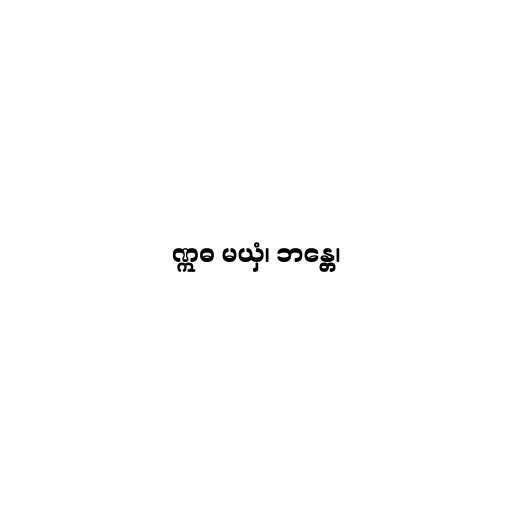
ဣဓ မယှံ၊ ဘန္တေ၊